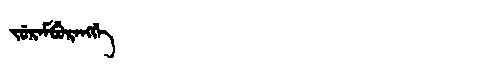
Manchu: ᠵᡠᡵᠠᠮᠪᡠᡵᠠᠩᡤᡝ
Romanization: JURAMBURANGGE